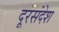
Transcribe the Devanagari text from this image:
दूरसंदेश